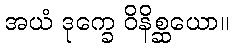
အယံ ဒုက္ခေ ဝိနိစ္ဆယော။